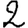
Digit: 2